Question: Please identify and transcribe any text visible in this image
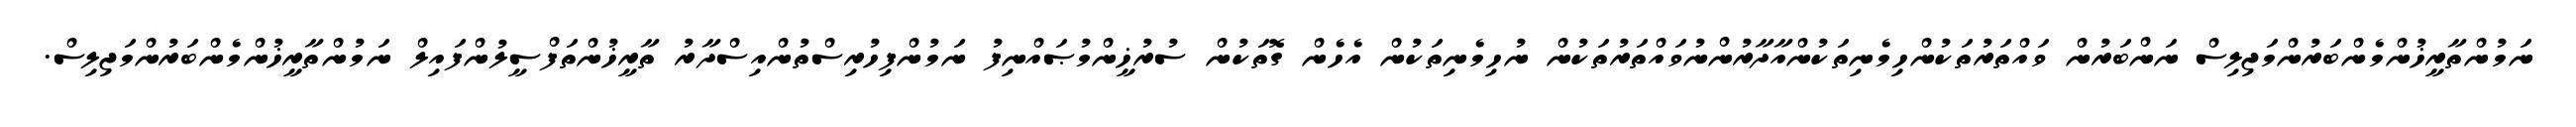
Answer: ނަމުންތާރީޚުންމެންބަރުންމަޖިލިސް ނަންބަރުން ވައްތަރުތަކުންހިމެނިތަކުންއާދާރުންނުވައްތަރުތަކުން ނުހިމެނިތަކުން އެހެން ގޮތަކުން ސުރުޚީންމުޞައްނިފު ނަމުންފިހުރިސްތުންއިސްދާރު ތާރީޚުންތަފްސީލުންފައިލް ނަމުންތާރީޚުންމެންބަރުންމަޖިލިސް.